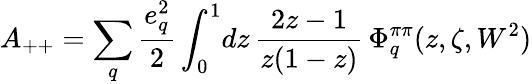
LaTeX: A_{++}=\sum_{q}\frac{e_{q}^{2}}{2}\int_{0}^{1}\! dz\, {\frac{2z-1}{z(1-z)}}\, \Phi_{q}^{\pi\pi}(z,\zeta,W^{2})